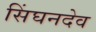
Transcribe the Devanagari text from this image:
सिंघनदेव